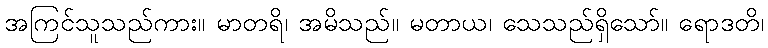
အကြင်သူသည်ကား။ မာတရိ၊ အမိသည်။ မတာယ၊ သေသည်ရှိသော်။ ရောဒတိ၊